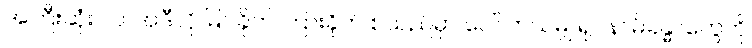
အကြီးဆုံးပါပဲ၊ အဲဒီလို မြင်ခိုက် ကြားခိုက် စသည်မှာ ပေါ်လာသမျှ ရုပ်နာမ်ခန္ဓာတွေကို